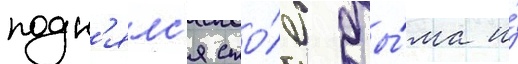
подн'ялс'я сто́лб ды́ма и́